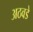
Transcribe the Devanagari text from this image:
अठवडे